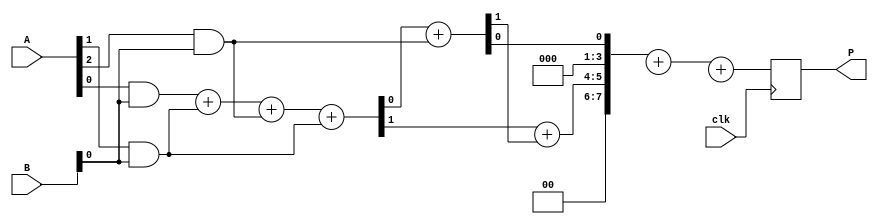
module low_power_wallace_tree_multiplier #(parameter n = 4) (
    input [n-1:0] A,
    input [n-1:0] B,
    input clk,
    output reg [2*n-1:0] P
);

    // Partial products
    wire [n-1:0] pp[n-1:0]; // Partial products

    // Generate partial products
    genvar i, j;
    generate
        for (i = 0; i < n; i = i + 1) begin : pp_gen
            for (j = 0; j < n; j = j + 1) begin : pp_bit
                assign pp[i][j] = A[i] & B[j];
            end
        end
    endgenerate

    // Wallace tree reduction
    wire [n-1:0] sum [0:n-1]; // Sums
    wire [n-1:0] carry [0:n-1]; // Carries

    // Stage 1 reduction using half adders and full adders
    genvar k;
    generate
        for (k = 0; k < n; k = k + 1) begin : reduction_stage1
            if (k % 3 == 0 && k + 2 < n) begin
                // Full adder for groups of 3
                wire s1, c1, s2, c2;
                wire a = pp[k][0];
                wire b = pp[k+1][0];
                wire c = pp[k+2][0];
                assign {c1, s1} = a + b; // First two
                assign {c2, s2} = s1 + c; // Add third
                assign sum[k/3] = s2;
                assign carry[k/3] = c1 + c2;
            end else if (k + 1 < n) begin
                // Pass through for remaining bits
                assign sum[k] = pp[k][0];
                assign carry[k] = 0;
            end
        end
    endgenerate

    // Stage 2 reduction
    wire [n-1:0] sum2[n/3:0];
    wire [n-1:0] carry2[n/3:0];

    generate
        for (k = 0; k < (n + 2) / 3; k = k + 1) begin : reduction_stage2
            if (k * 3 + 2 < n) begin
                // Full adder for groups of 3
                wire s1, c1, s2, c2;
                wire a = sum[k * 3];
                wire b = sum[k * 3 + 1];
                wire c = sum[k * 3 + 2];
                assign {c1, s1} = a + b; // First two
                assign {c2, s2} = s1 + c; // Add third
                assign sum2[k] = s2;
                assign carry2[k] = c1 + c2;
            end else if (k * 3 + 1 < n) begin
                // Pass through for remaining bits
                assign sum2[k] = sum[k * 3];
                assign carry2[k] = carry[k * 3];
            end
        end
    endgenerate

    // Final addition of last two rows
    wire [2*n-1:0] final_sum;
    wire [2*n-1:0] final_carry;

    assign final_sum = {carry2[0], sum2[0]} + {carry2[1], sum2[1]}; // Final sum
    assign final_carry = {1'b0, carry2[1]}; // Adjust for carry

    // Output
    always @(posedge clk) begin
        P <= final_sum + final_carry; // Register output
    end

endmodule